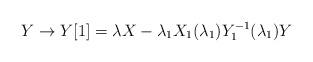
LaTeX: \begin{align*}Y \rightarrow Y[1]=\lambda X-\lambda_{1}X_{1}(\lambda_{1})Y_{1}^{-1}(\lambda_{1})Y\end{align*}